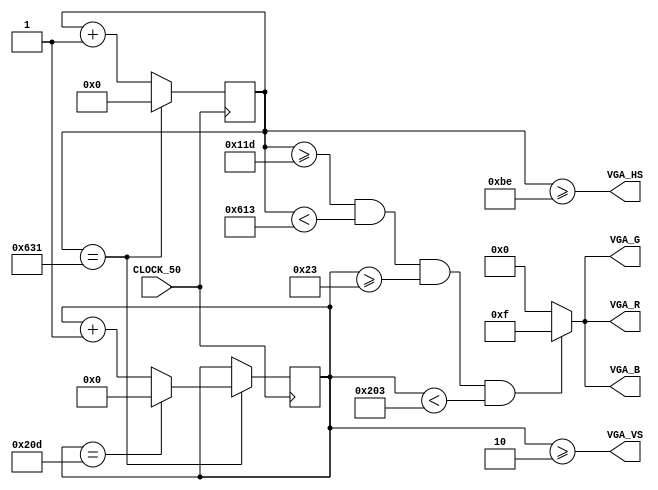
module vga (
  	input CLOCK_50,
  	output [3:0] VGA_R,
  	output [3:0] VGA_G,
	output [3:0] VGA_B,
 	output VGA_HS,
	output VGA_VS
);

    reg [10:0] cx = 0;
    reg [9:0]  cy = 0;

    assign VGA_R = v ? 4'hf : 4'b0;
    assign VGA_G = v ? 4'hf : 4'b0;
    assign VGA_B = v ? 4'hf : 4'b0;

    wire v = (cx >= 285) & (cx < 1555) & (cy >= 35) & (cy < 515);

    assign VGA_HS = cx >= 190;
    assign VGA_VS = cy >= 2;

    always @(posedge CLOCK_50) begin
        if (cx == 1585) 
        begin
            if (cy == 525) begin
                cy <= 0;
            end
            else 
                cy <= cy + 1;
            cx <= 0;
        end
        else 
        begin
            // cy <= cy;
            cx <= cx + 1;
        end
    end

endmodule